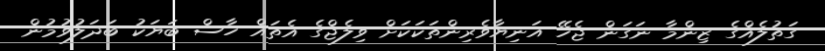
ގަތުލެއްގެ ޒިންމާ ނަގަން ޖެހޭ އަނިޔާވެރިންތަކަކަށް ވިލެޖްގެ އެތައް ހާސް ބަޔަކު ބަދަލުވުމުން